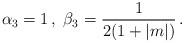
LaTeX: \begin{align*}\alpha_3=1\,,\;\beta_3={1\over 2(1+|m|)}\,.\end{align*}